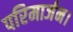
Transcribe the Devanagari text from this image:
परिमार्जन।